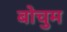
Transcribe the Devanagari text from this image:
बोचुम